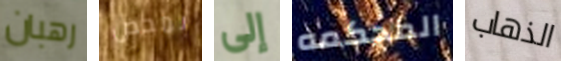
رهبان بمحض إلى المحكمه الذهاب